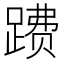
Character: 𲃺